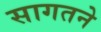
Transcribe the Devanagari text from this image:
सागतने